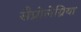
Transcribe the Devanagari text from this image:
सैप्रोलेग्निया